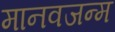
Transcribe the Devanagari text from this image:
मानवजन्म